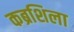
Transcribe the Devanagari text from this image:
कब्रशिला